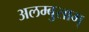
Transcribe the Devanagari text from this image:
अलम्बुसाम्